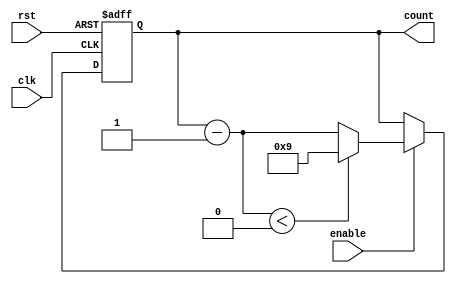
module BCD_Down_Counter_with_Enable(
    input clk,
    input rst,
    input enable,
    output reg [3:0] count
);

reg [3:0] next_count;

always @ (posedge clk or posedge rst) begin
    if (rst) begin
        count <= 4'b1001; // Initialize counter with BCD value 9
    end else begin
        if (enable) begin
            next_count = count - 1;
            if (next_count < 4'b0000) begin
                next_count = 4'b1001; // Roll over to BCD value 9
            end
            count <= next_count;
        end
    end
end

endmodule